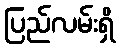
ပြည်လမ်းရှိ